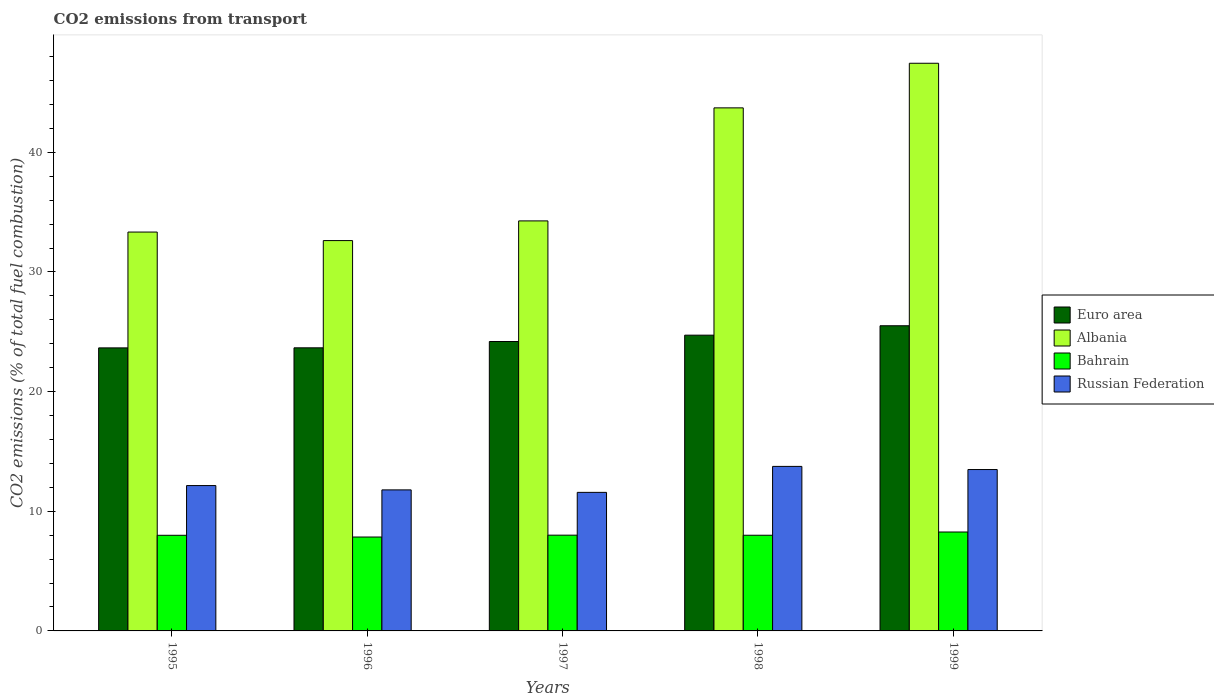
| Years | Euro area | Albania | Bahrain | Russian Federation |
 | --- | --- | --- | --- | --- |
 | 1995 | 23.7 | 33.3 | 7.99 | 12.1 |
 | 1996 | 23.7 | 32.6 | 7.85 | 11.8 |
 | 1997 | 24.2 | 34.3 | 8 | 11.6 |
 | 1998 | 24.7 | 43.7 | 8 | 13.7 |
 | 1999 | 25.5 | 47.4 | 8.27 | 13.5 |